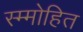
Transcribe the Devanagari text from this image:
स्म्मोहित